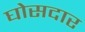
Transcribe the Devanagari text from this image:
घोसदार